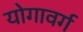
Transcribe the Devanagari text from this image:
योगावर्ग